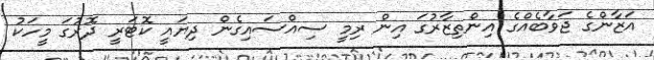
އަޒާންގެ ޖަވާބެއްގެ އިންތިޒާރުގަ އިން ރިމީ ސިއްސައިގެން ދިޔައީ ކޮޓަރީ ދޮރުގަ މީހަކު